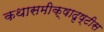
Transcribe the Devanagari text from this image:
कथासमीक्षादृष्टीस